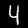
Label: 4